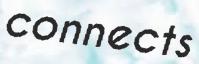
connects